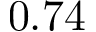
0 . 7 4